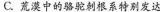
C. 荒漠中的骆驼刺根系特别发达